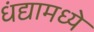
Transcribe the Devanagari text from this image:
धंद्यामध्ये